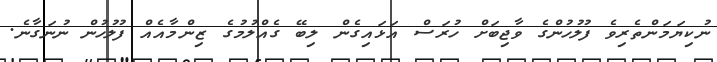
ނުކިޔަމަންތެރިވެ ފުލުހުންގެ ވާޖިބަށް ހުރަސް އަޅައިގެން ލިބޭ ގެއްލުމުގެ ޒިންމާއެއް ފުލުހުން ނުނަގާނެ.